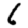
Digit: 6